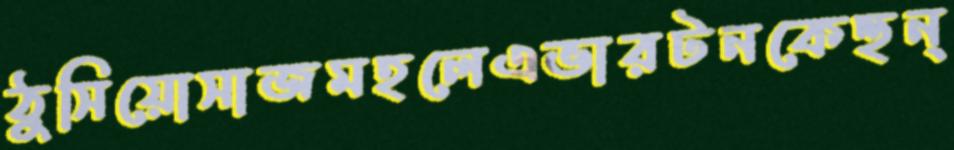
ঠুসিয়োসাজমহলেএভারটনকেহুন্